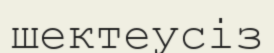
шектеусіз